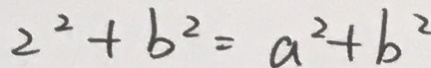
2 ^ { 2 } + b ^ { 2 } = a ^ { 2 } + b ^ { 2 }